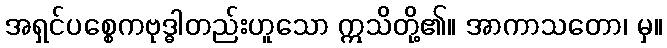
အရှင်ပစ္စေကဗုဒ္ဓါတည်းဟူသော ဣသိတို့၏။ အာကာသတော၊ မှ။